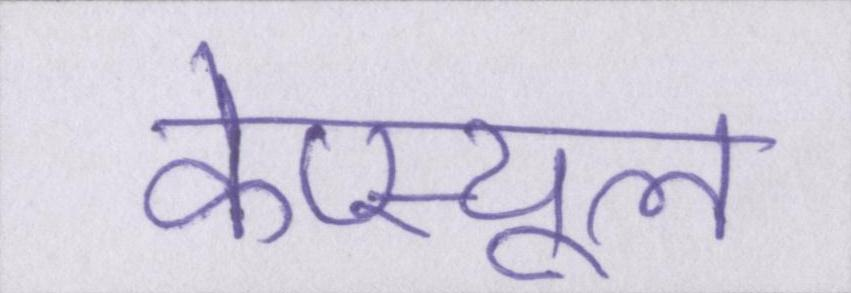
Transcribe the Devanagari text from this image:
केप्स्यूल